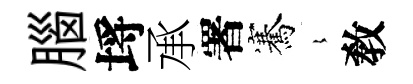
腦埓承署騫𡻕敎